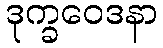
ဒုက္ခဝေဒနာ